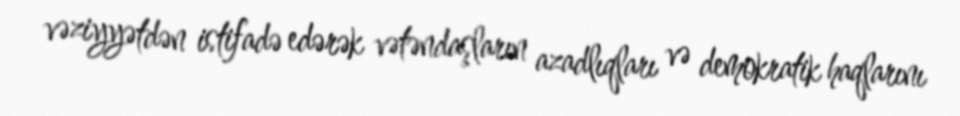
vəziyyətdən istifadə edərək vətəndaşların azadlıqları və demokratik haqlarını